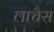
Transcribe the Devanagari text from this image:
लाचैस